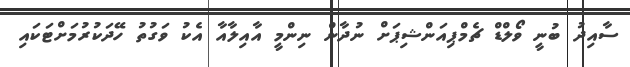
ސާއިދު ބުނީ ވޯލްޑް ޗެމްޕިއަންޝިޕަށް ނުދާން ނިންމީ އާއިލާއާ އެކު ވަގުތު ހޭދަކުރުމަށްޓަކައި